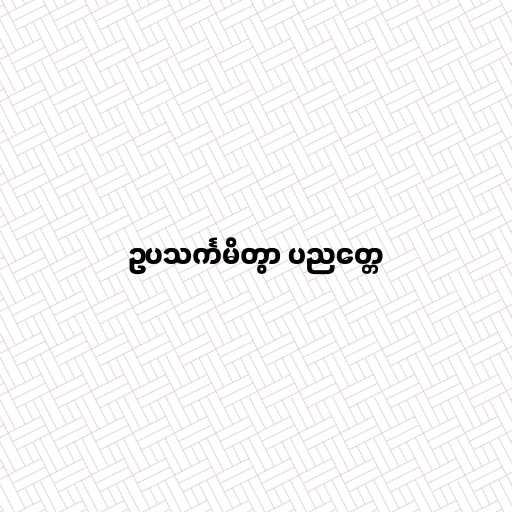
ဥပသင်္ကမိတွာ ပညတ္တေ